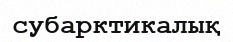
субарктикалық